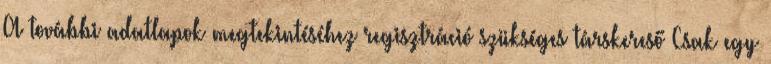
A további adatlapok megtekintéséhez regisztráció szükséges társkereső Csak egy